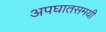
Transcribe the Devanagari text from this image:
अपघातसमयी